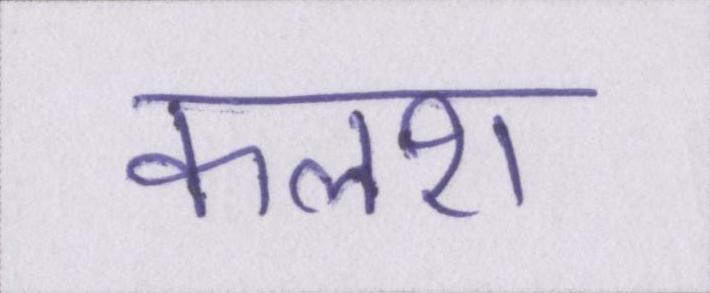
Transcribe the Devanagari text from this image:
कलश